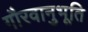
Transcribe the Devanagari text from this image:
गौरवानुभूति